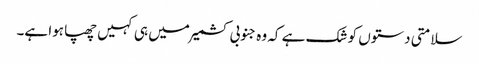
سلامتی دستوں کو شک ہے کہ وہ جنوبی کشمیر میں ہی کہیں چھپا ہوا ہے۔